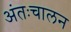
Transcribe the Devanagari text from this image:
अंतःचालन